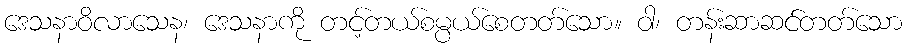
ဒေသနာဝိလာသေန၊ ဒေသနာကို တင့်တယ်စမ္ပယ်စေတတ်သော။ ဝါ၊ တန်းဆာဆင်တတ်သော